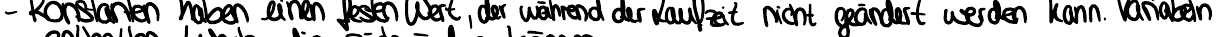
- Konstanten haben einen festen Wert, der während der Laufzeit nicht geändert werden kann. Variabeln